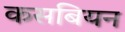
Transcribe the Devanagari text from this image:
कसबियन